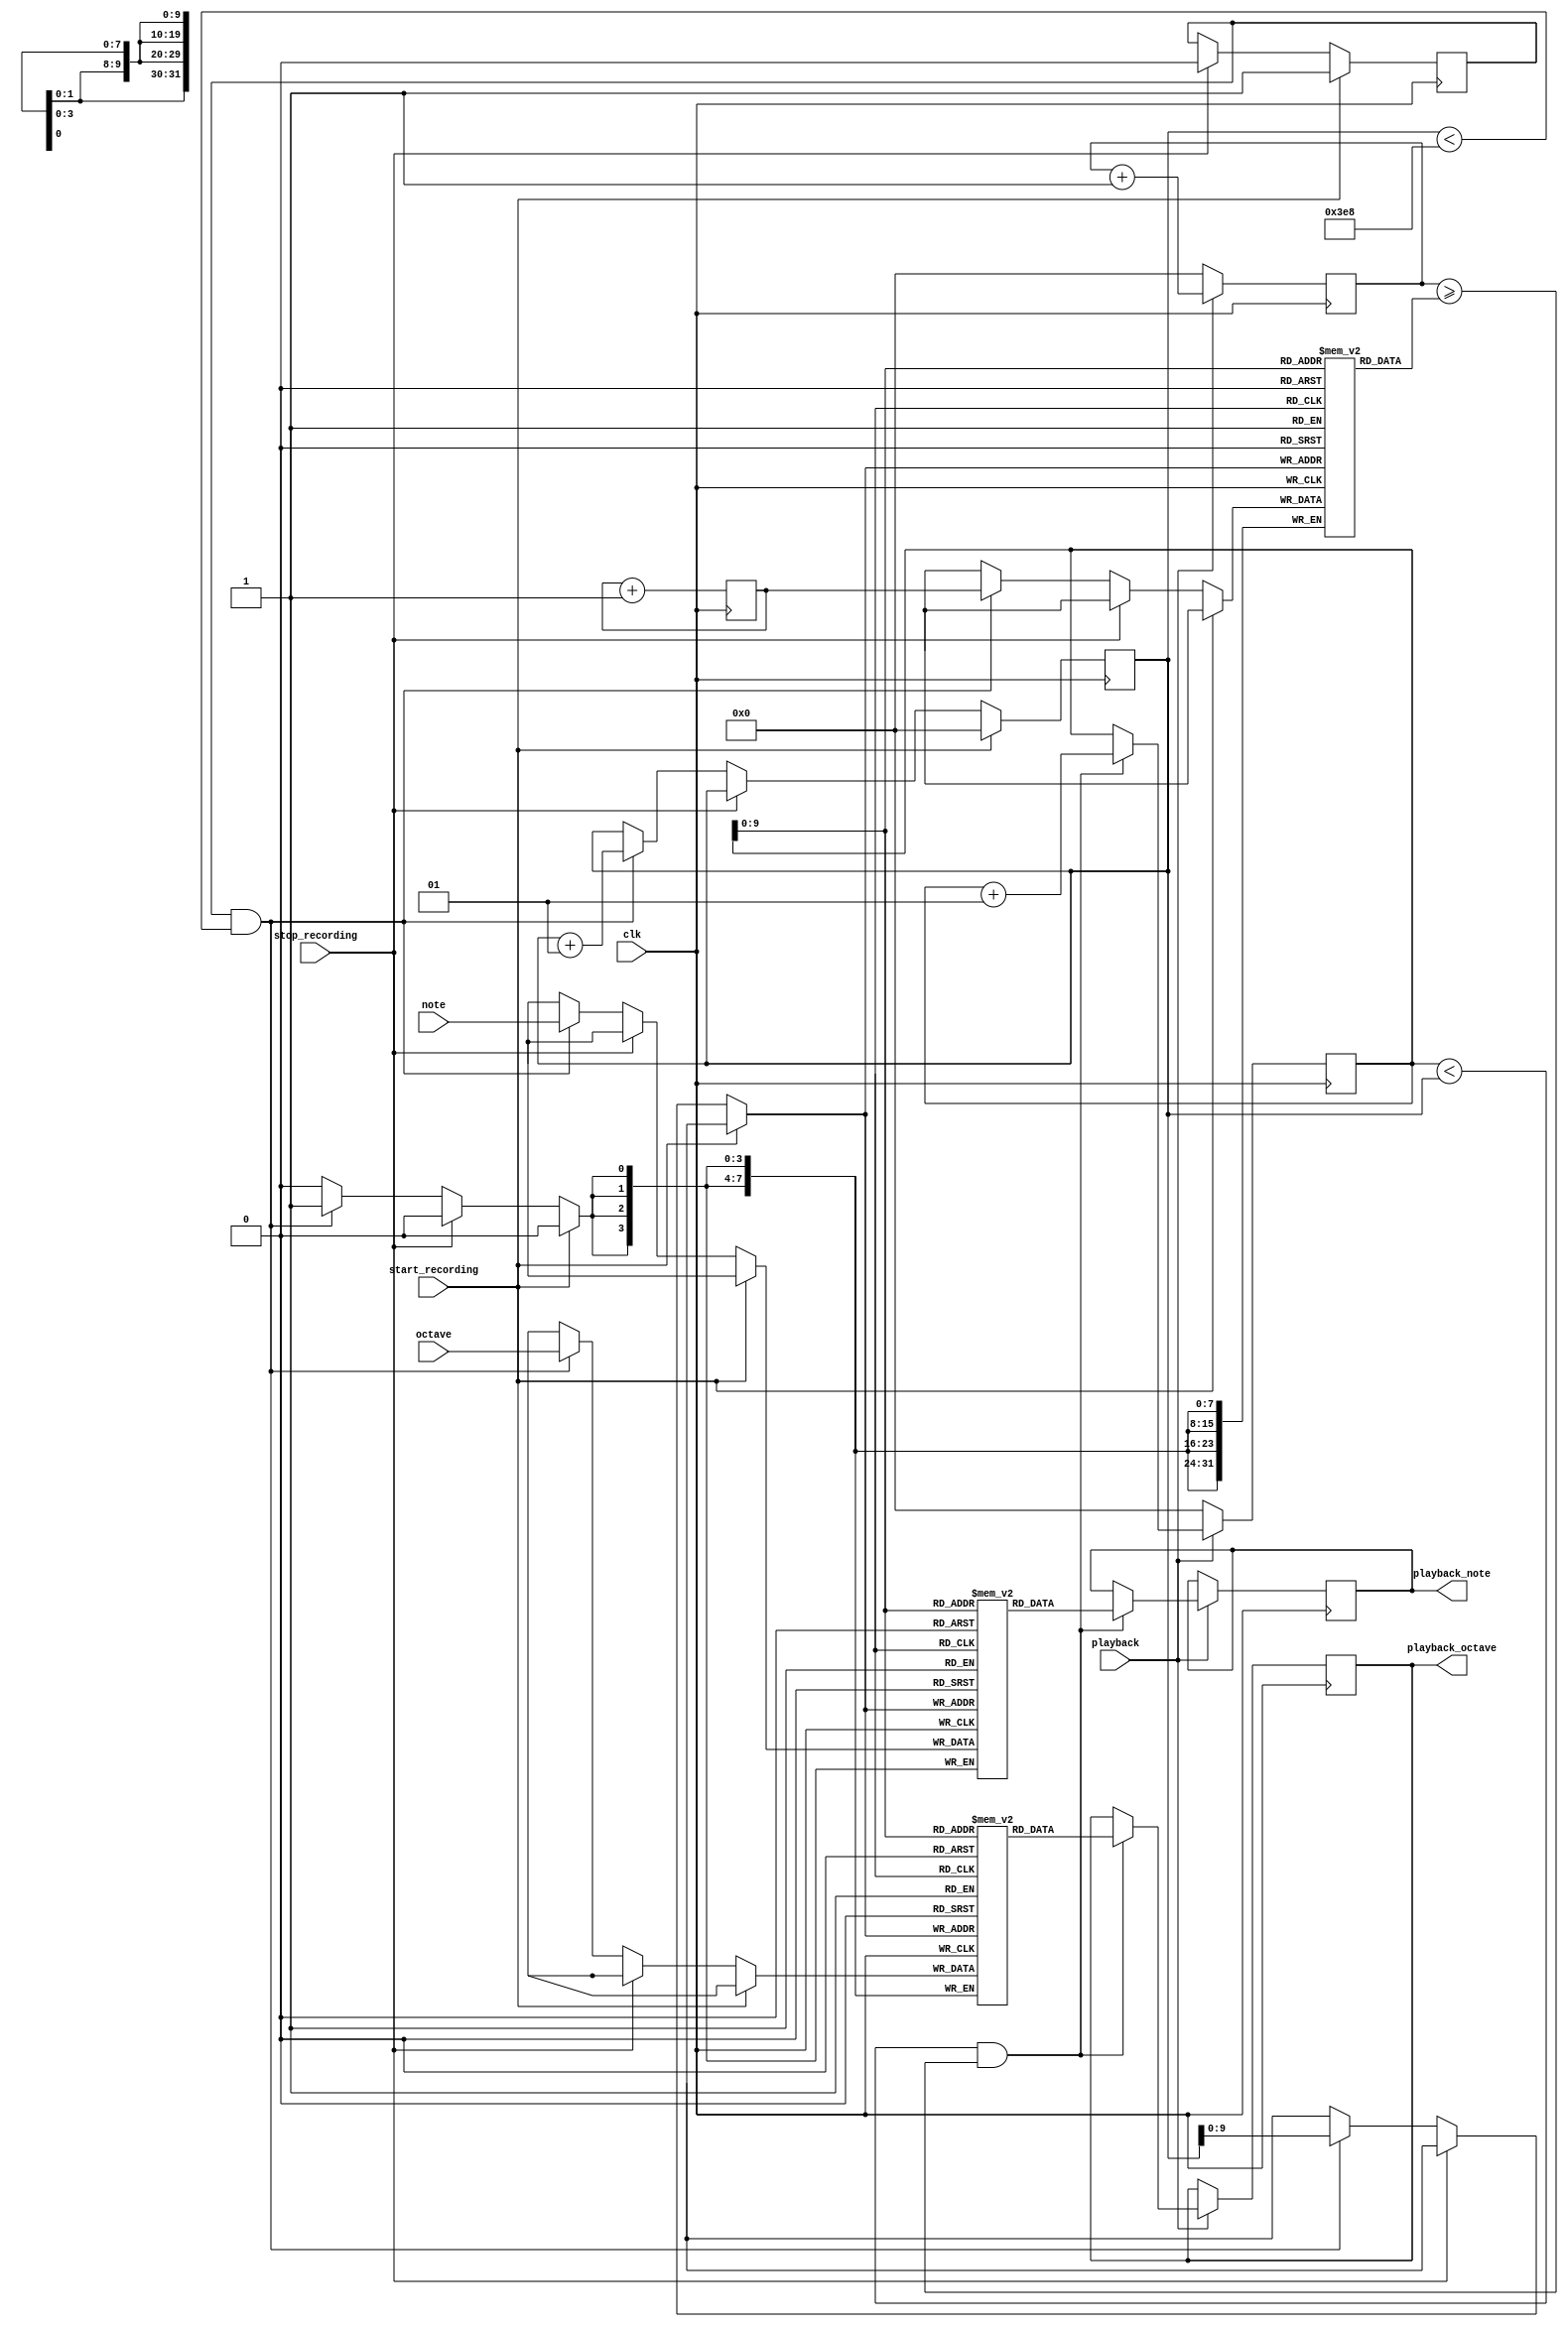
// Unused in the final project
// The recording works and we got playback, but we had to change the input clock to 50Hz
// The note generation is 100kHz, but the recording and playback is 50Hz which is why he had trouble with output
// We had to scale down to 50Hz because 10kHz would use way too much memory or only be able to record music for milliseconds
// However, that means the playback was at the wrong frequency and we were unable to fix it

`timescale 1ps/1ps

module recording_module(
    input wire clk,             // 50 hz
    input wire start_recording,
    input wire stop_recording,
    input wire playback,
    input wire [3:0] note,      // Note to record
    input wire [7:0] octave,    // Octave to record
    output reg [3:0] playback_note,
    output reg [7:0] playback_octave
);

    localparam MAX_NOTES = 1000; // 1000 notes is about 20 seconds of recording given 50Hz clock 
    reg [3:0] note_log[0:MAX_NOTES-1];
    reg [7:0] octave_log[0:MAX_NOTES-1];
    reg [31:0] timestamp_log[0:MAX_NOTES-1];
    reg [31:0] current_time = 0;
    reg recording = 0;
    reg [31:0] playback_time = 0; // elapsed time during playback
    integer playback_index = 0;
    integer i;

    // Record notes block
    always @(posedge clk) begin
        if (start_recording) begin
            recording <= 1;
            current_time <= 0;
            i <= 0;
        end
        else if (stop_recording) begin
            recording <= 0;
        end
        else if (recording && i < MAX_NOTES) begin
            note_log[i] <= note;
            octave_log[i] <= octave;
            timestamp_log[i] <= current_time;
            i <= i + 1;
        end
        current_time <= current_time + 1;
    end

    // playback logic
    always @(posedge clk) begin
        if (playback) begin
            // Starting playback
            if (playback_index == 0) begin
                playback_time <= 0; // Reset playback time
            end
            playback_time <= playback_time + 1;

            // Playing back a note
            if (playback_index < i && playback_time >= timestamp_log[playback_index]) begin
                playback_note <= note_log[playback_index];
                playback_octave <= octave_log[playback_index];
                playback_index <= playback_index + 1;
            end
        end else begin
            // Reset when playback stops or finishes
            playback_index <= 0;
            playback_time <= 0;
        end
    end

endmodule